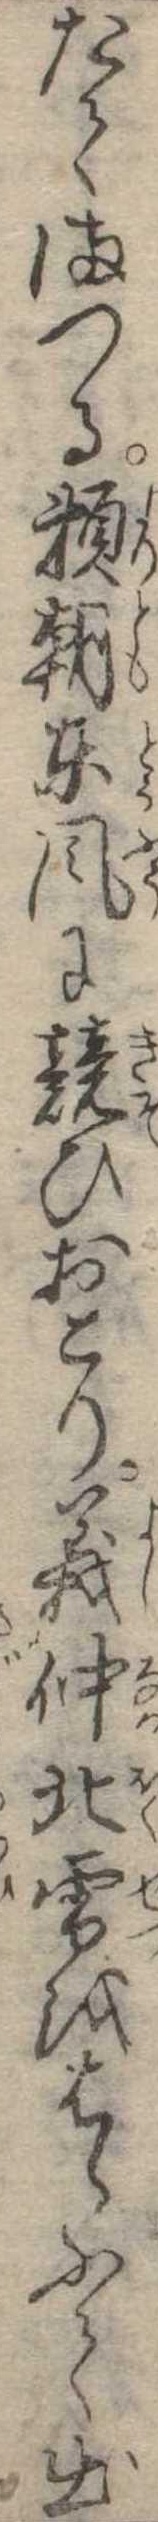
たてまつる頼朝東風に競ひおこり義仲北雪をはらふて出